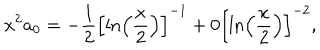
LaTeX: x ^ { 2 } a _ { 0 } = - \displaystyle \frac { 1 } { 2 } \left[ \ln \left( \displaystyle \frac { x } { 2 } \right) \right] ^ { - 1 } + 0 \left[ \ln \left( \displaystyle \frac { x } { 2 } \right) \right] ^ { - 2 } ,